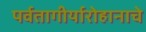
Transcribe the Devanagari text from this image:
पर्वतागीर्यारोहानाचे